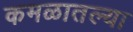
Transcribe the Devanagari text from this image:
कमळातल्या